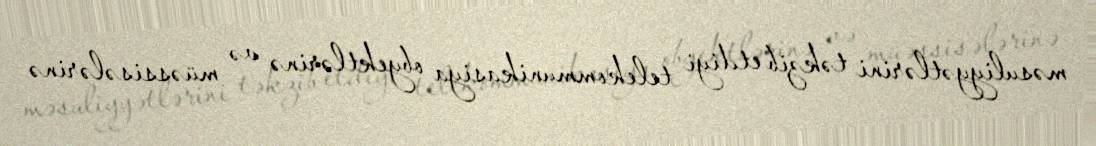
məsuliyyətlərini təkzib etdiyi telekommunikasiya obyektlərinə və müəssisələrinə